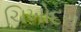
ચિખોદરા